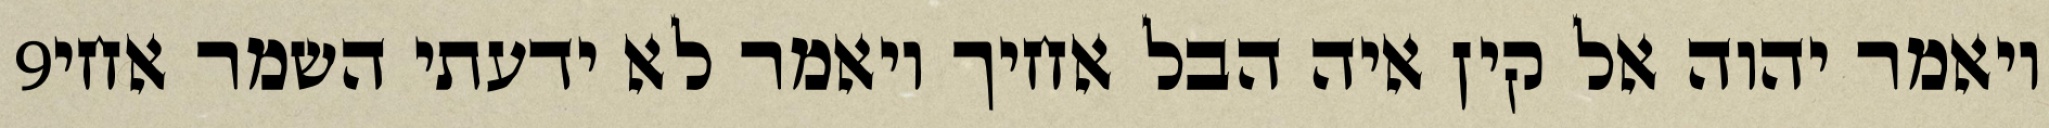
‎9‏ ויאמר יהוה אל קין איה הבל אחיך ויאמר לא ידעתי השמר אחי